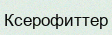
Ксерофиттер